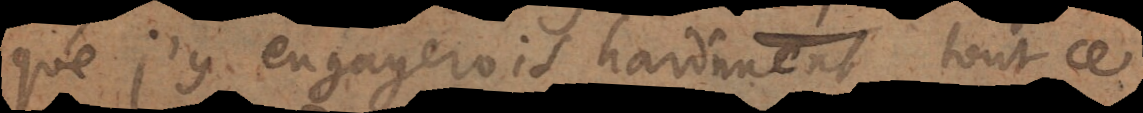
que j’y engagerois hardiment tout ce